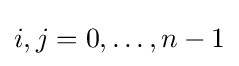
i,j=0,\dots ,n-1